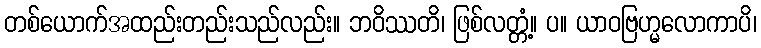
တစ်ယောက်အထည်းတည်းသည်လည်း။ ဘဝိဿတိ၊ ဖြစ်လတ္တံ့။ ပ။ ယာဝဗြဟ္မလောကာပိ၊